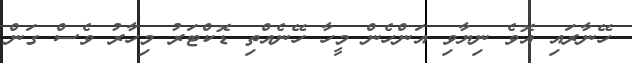
ހޭނާރައި އޮވެ ނިޔާވި އަންހެން މީހާ ހޭނެއްތި ޑޮކްޓަރު މިހާރު ވެސް ގަން